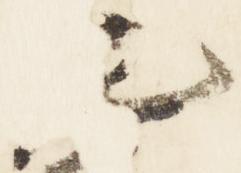
左